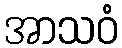
အာသဝံ